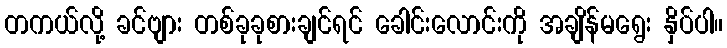
တကယ်လို့ ခင်ဗျား တစ်ခုခုစားချင်ရင် ခေါင်းလောင်းကို အချိန်မရွေး နှိပ်ပါ။